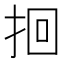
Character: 𫝻